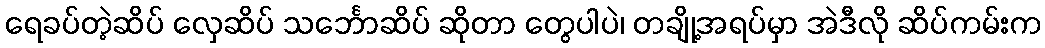
ရေခပ်တဲ့ဆိပ် လှေဆိပ် သင်္ဘောဆိပ် ဆိုတာ တွေပါပဲ၊ တချို့အရပ်မှာ အဲဒီလို ဆိပ်ကမ်းက